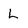
Character: L